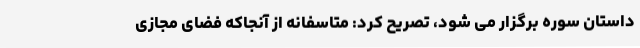
داستان سوره برگزار می شود، تصریح کرد: متاسفانه از آنجاکه فضای مجازی